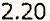
2.20